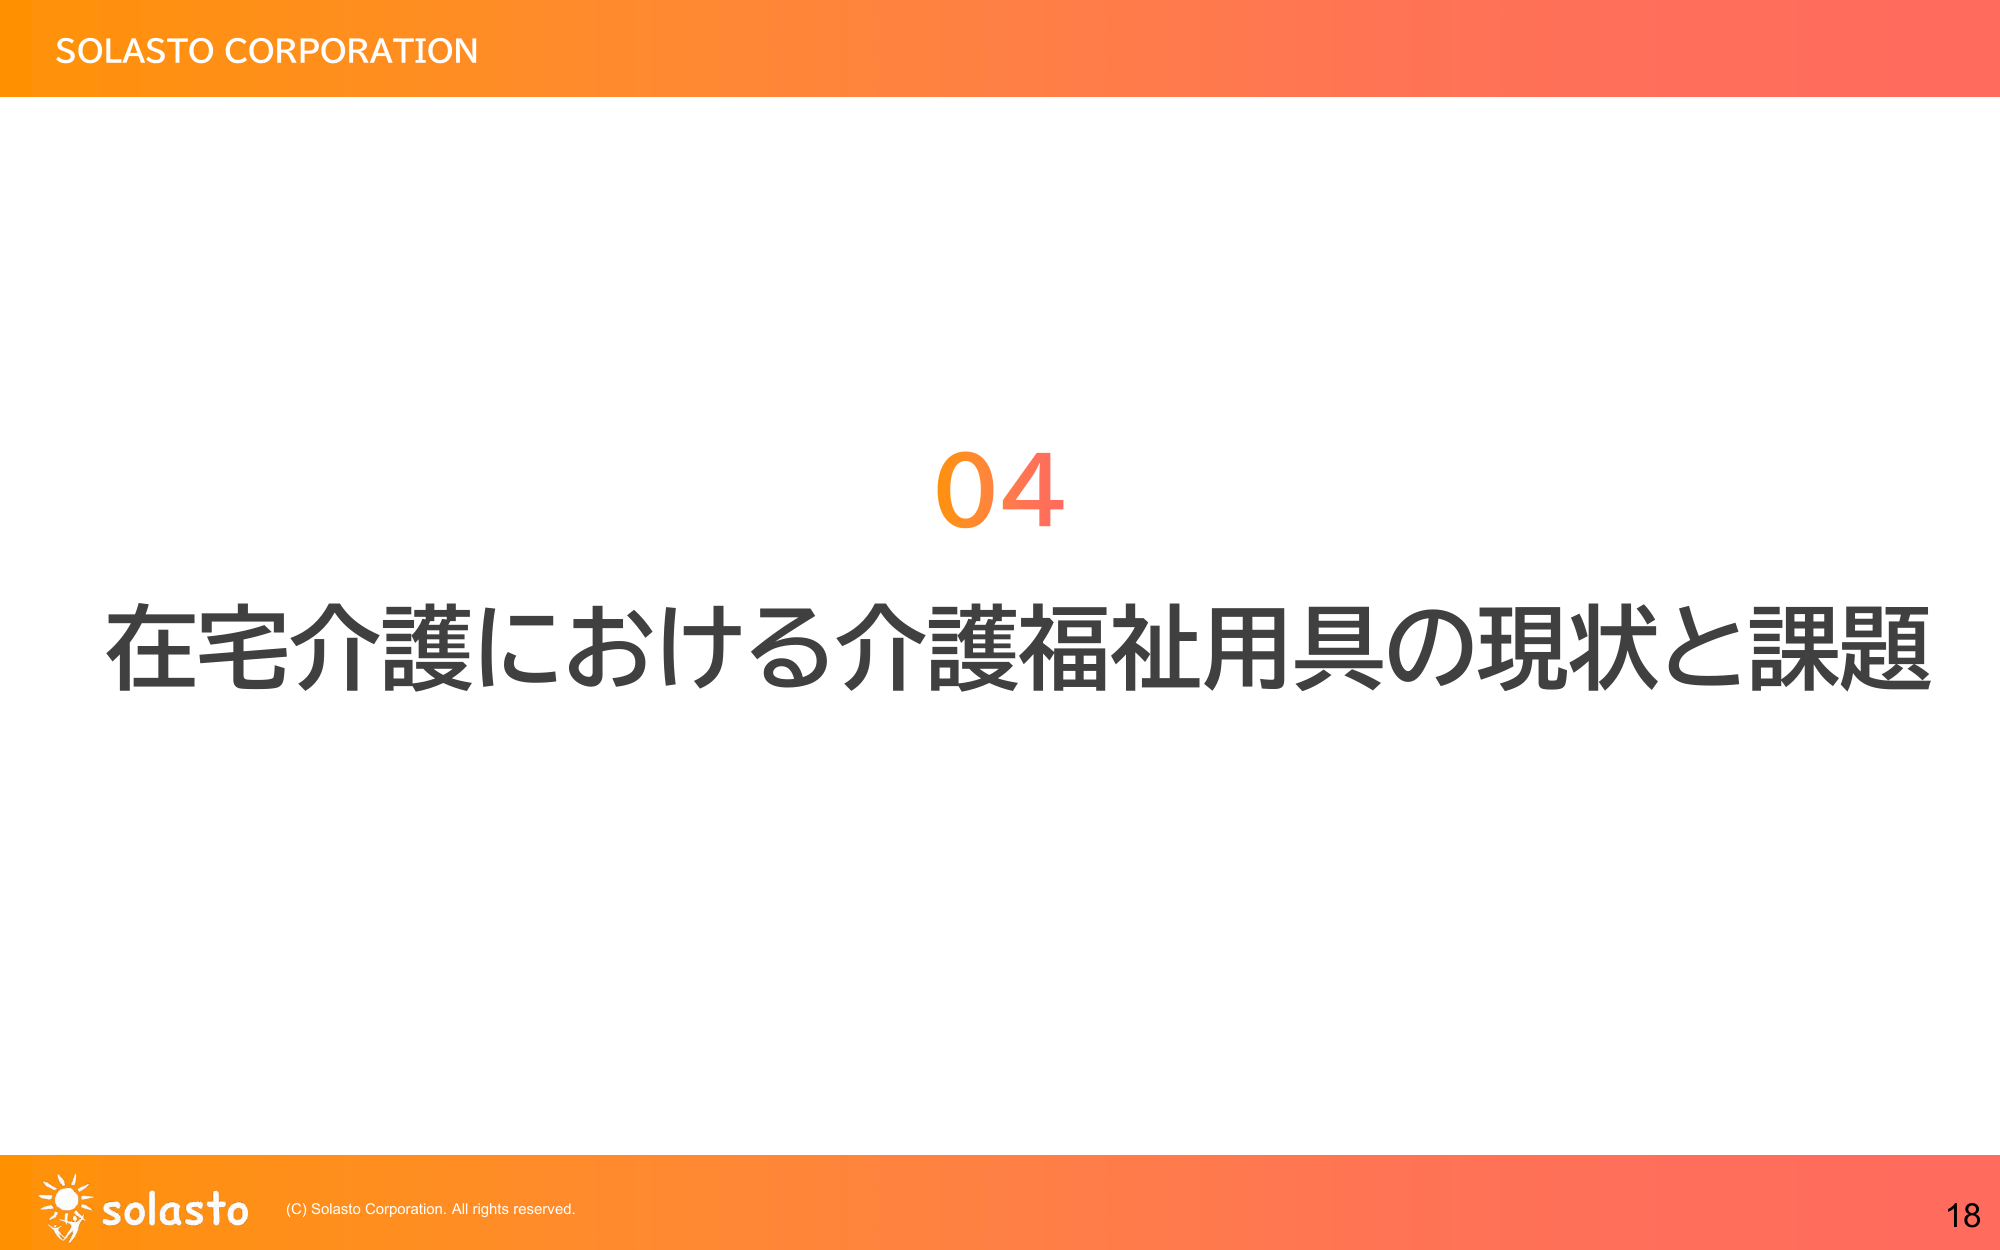
SOLASTO CORPORATION
04
在宅介護における介護福祉用具の現状と課題
solasto (C) Solasto Corporation. All rights reserved.
18